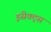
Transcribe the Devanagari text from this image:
इंसेक्ट्स